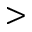
>